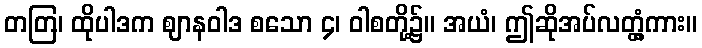
တတြ၊ ထိုပါဒက ဈာနဝါဒ စသော ၄၊ ဝါစတို့၌။ အယံ၊ ဤဆိုအပ်လတ္တံ့ကား။